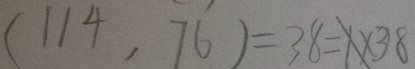
( 1 1 4 , 7 6 ) = 3 8 = 1 \times 3 8